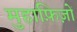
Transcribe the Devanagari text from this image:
मुहाफ़िज़ों